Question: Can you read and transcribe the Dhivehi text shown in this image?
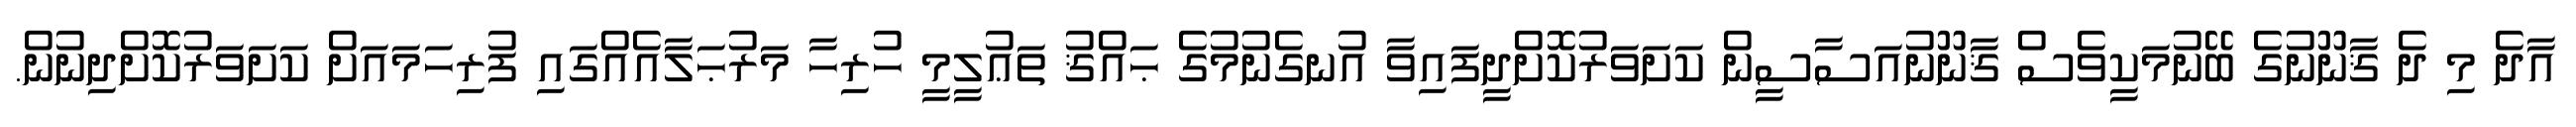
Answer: އާދެ މި ދެ ޤާނޫނުގެ ބޭނުމަކީވެސް ޤާނޫނުއަސާސީން ކަށަވަރުކޮށްދީފައިވާ އުނގެނުމުގެ ޙައްޤު ތަޢުލީމީ ހުރިހާ މަރުޙަލާއެއްގައި ފުރިހަމައަށް ކަށަވަރުކޮށްދިނުން.